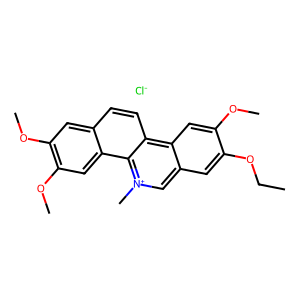
SMILES: CCOc1cc2c[n+](C)c3c4cc(OC)c(OC)cc4ccc3c2cc1OC.[Cl-]
Inhibits HIV replication: No